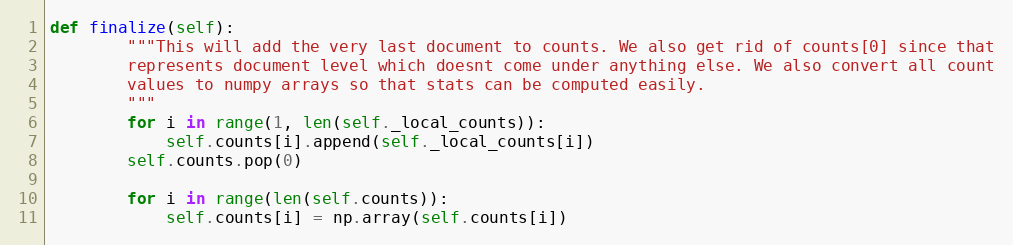
Language: Python
def finalize(self):
        """This will add the very last document to counts. We also get rid of counts[0] since that
        represents document level which doesnt come under anything else. We also convert all count
        values to numpy arrays so that stats can be computed easily.
        """
        for i in range(1, len(self._local_counts)):
            self.counts[i].append(self._local_counts[i])
        self.counts.pop(0)

        for i in range(len(self.counts)):
            self.counts[i] = np.array(self.counts[i])